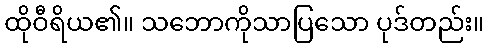
ထိုဝီရိယ၏။ သဘောကိုသာပြသော ပုဒ်တည်း။